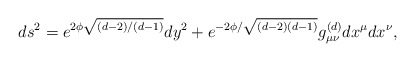
\begin{align*}ds^2 = e^{2\phi \sqrt{(d-2)/(d-1)}} dy^2 + e^{-2\phi /\sqrt{(d-2)(d-1)}}g^{(d)}_{\mu \nu} d x^{\mu} d x^{\nu},\end{align*}